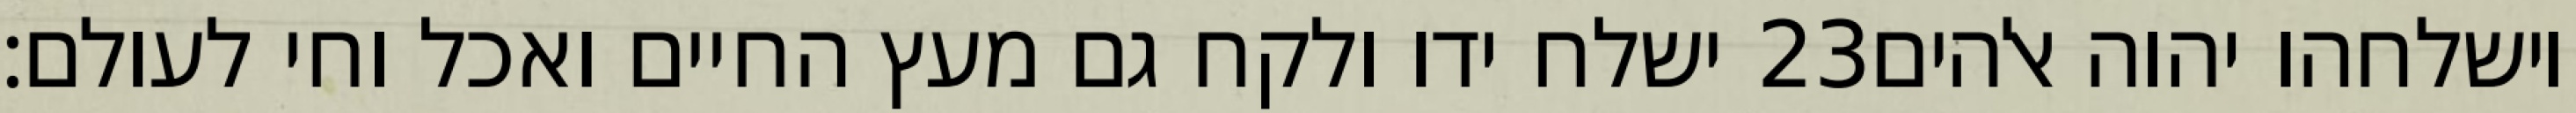
ישלח ידו ולקח גם מעץ החיים ואכל וחי לעולם׃ ‎23‏ וישלחהו יהוה אלהים